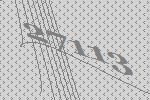
27113